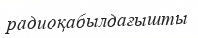
радиоқабылдағышты